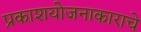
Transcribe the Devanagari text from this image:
प्रकाशयोजनाकाराचे